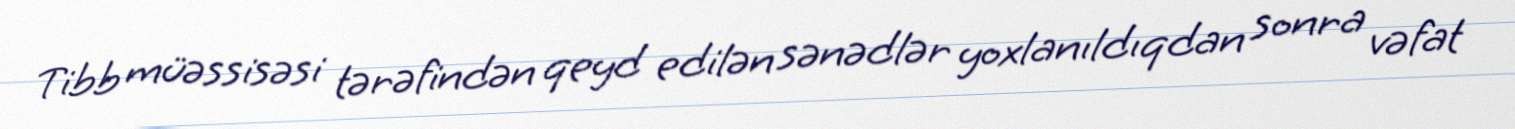
Tibb müəssisəsi tərəfindən qeyd edilən sənədlər yoxlanıldıqdan sonra vəfat